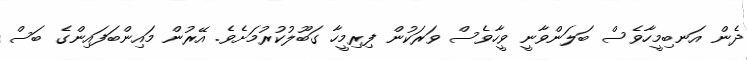
ދެން އަނބިމީހާވެސް ބަލަންވާނީ ވީހާވެސް ވަރަކުން ފިރިމީހާ ގަބޫލުކުރުމަށެވެ. އޭރުން މައިންބަފައިންގެ ބަސް